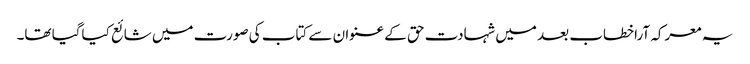
یہ معرکہ آراخطاب بعد میں شہادت حق کے عنوان سے کتاب کی صورت میں شائع کیاگیا تھا۔